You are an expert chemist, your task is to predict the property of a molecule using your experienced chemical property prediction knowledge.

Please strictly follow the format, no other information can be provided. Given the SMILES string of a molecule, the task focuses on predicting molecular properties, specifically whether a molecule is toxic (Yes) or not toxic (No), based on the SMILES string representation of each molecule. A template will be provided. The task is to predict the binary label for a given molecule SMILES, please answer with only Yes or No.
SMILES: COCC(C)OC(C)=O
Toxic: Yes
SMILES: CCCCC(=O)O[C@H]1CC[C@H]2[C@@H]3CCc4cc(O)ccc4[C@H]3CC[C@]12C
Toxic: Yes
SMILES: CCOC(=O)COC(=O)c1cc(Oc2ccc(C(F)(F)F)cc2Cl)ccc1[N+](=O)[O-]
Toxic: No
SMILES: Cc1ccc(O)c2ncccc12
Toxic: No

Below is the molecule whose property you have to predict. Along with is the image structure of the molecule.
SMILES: CC(C)Cn1cnc2c1c(=O)n(C)c(=O)n2C
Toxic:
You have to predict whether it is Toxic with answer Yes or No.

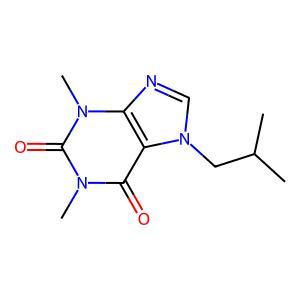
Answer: No